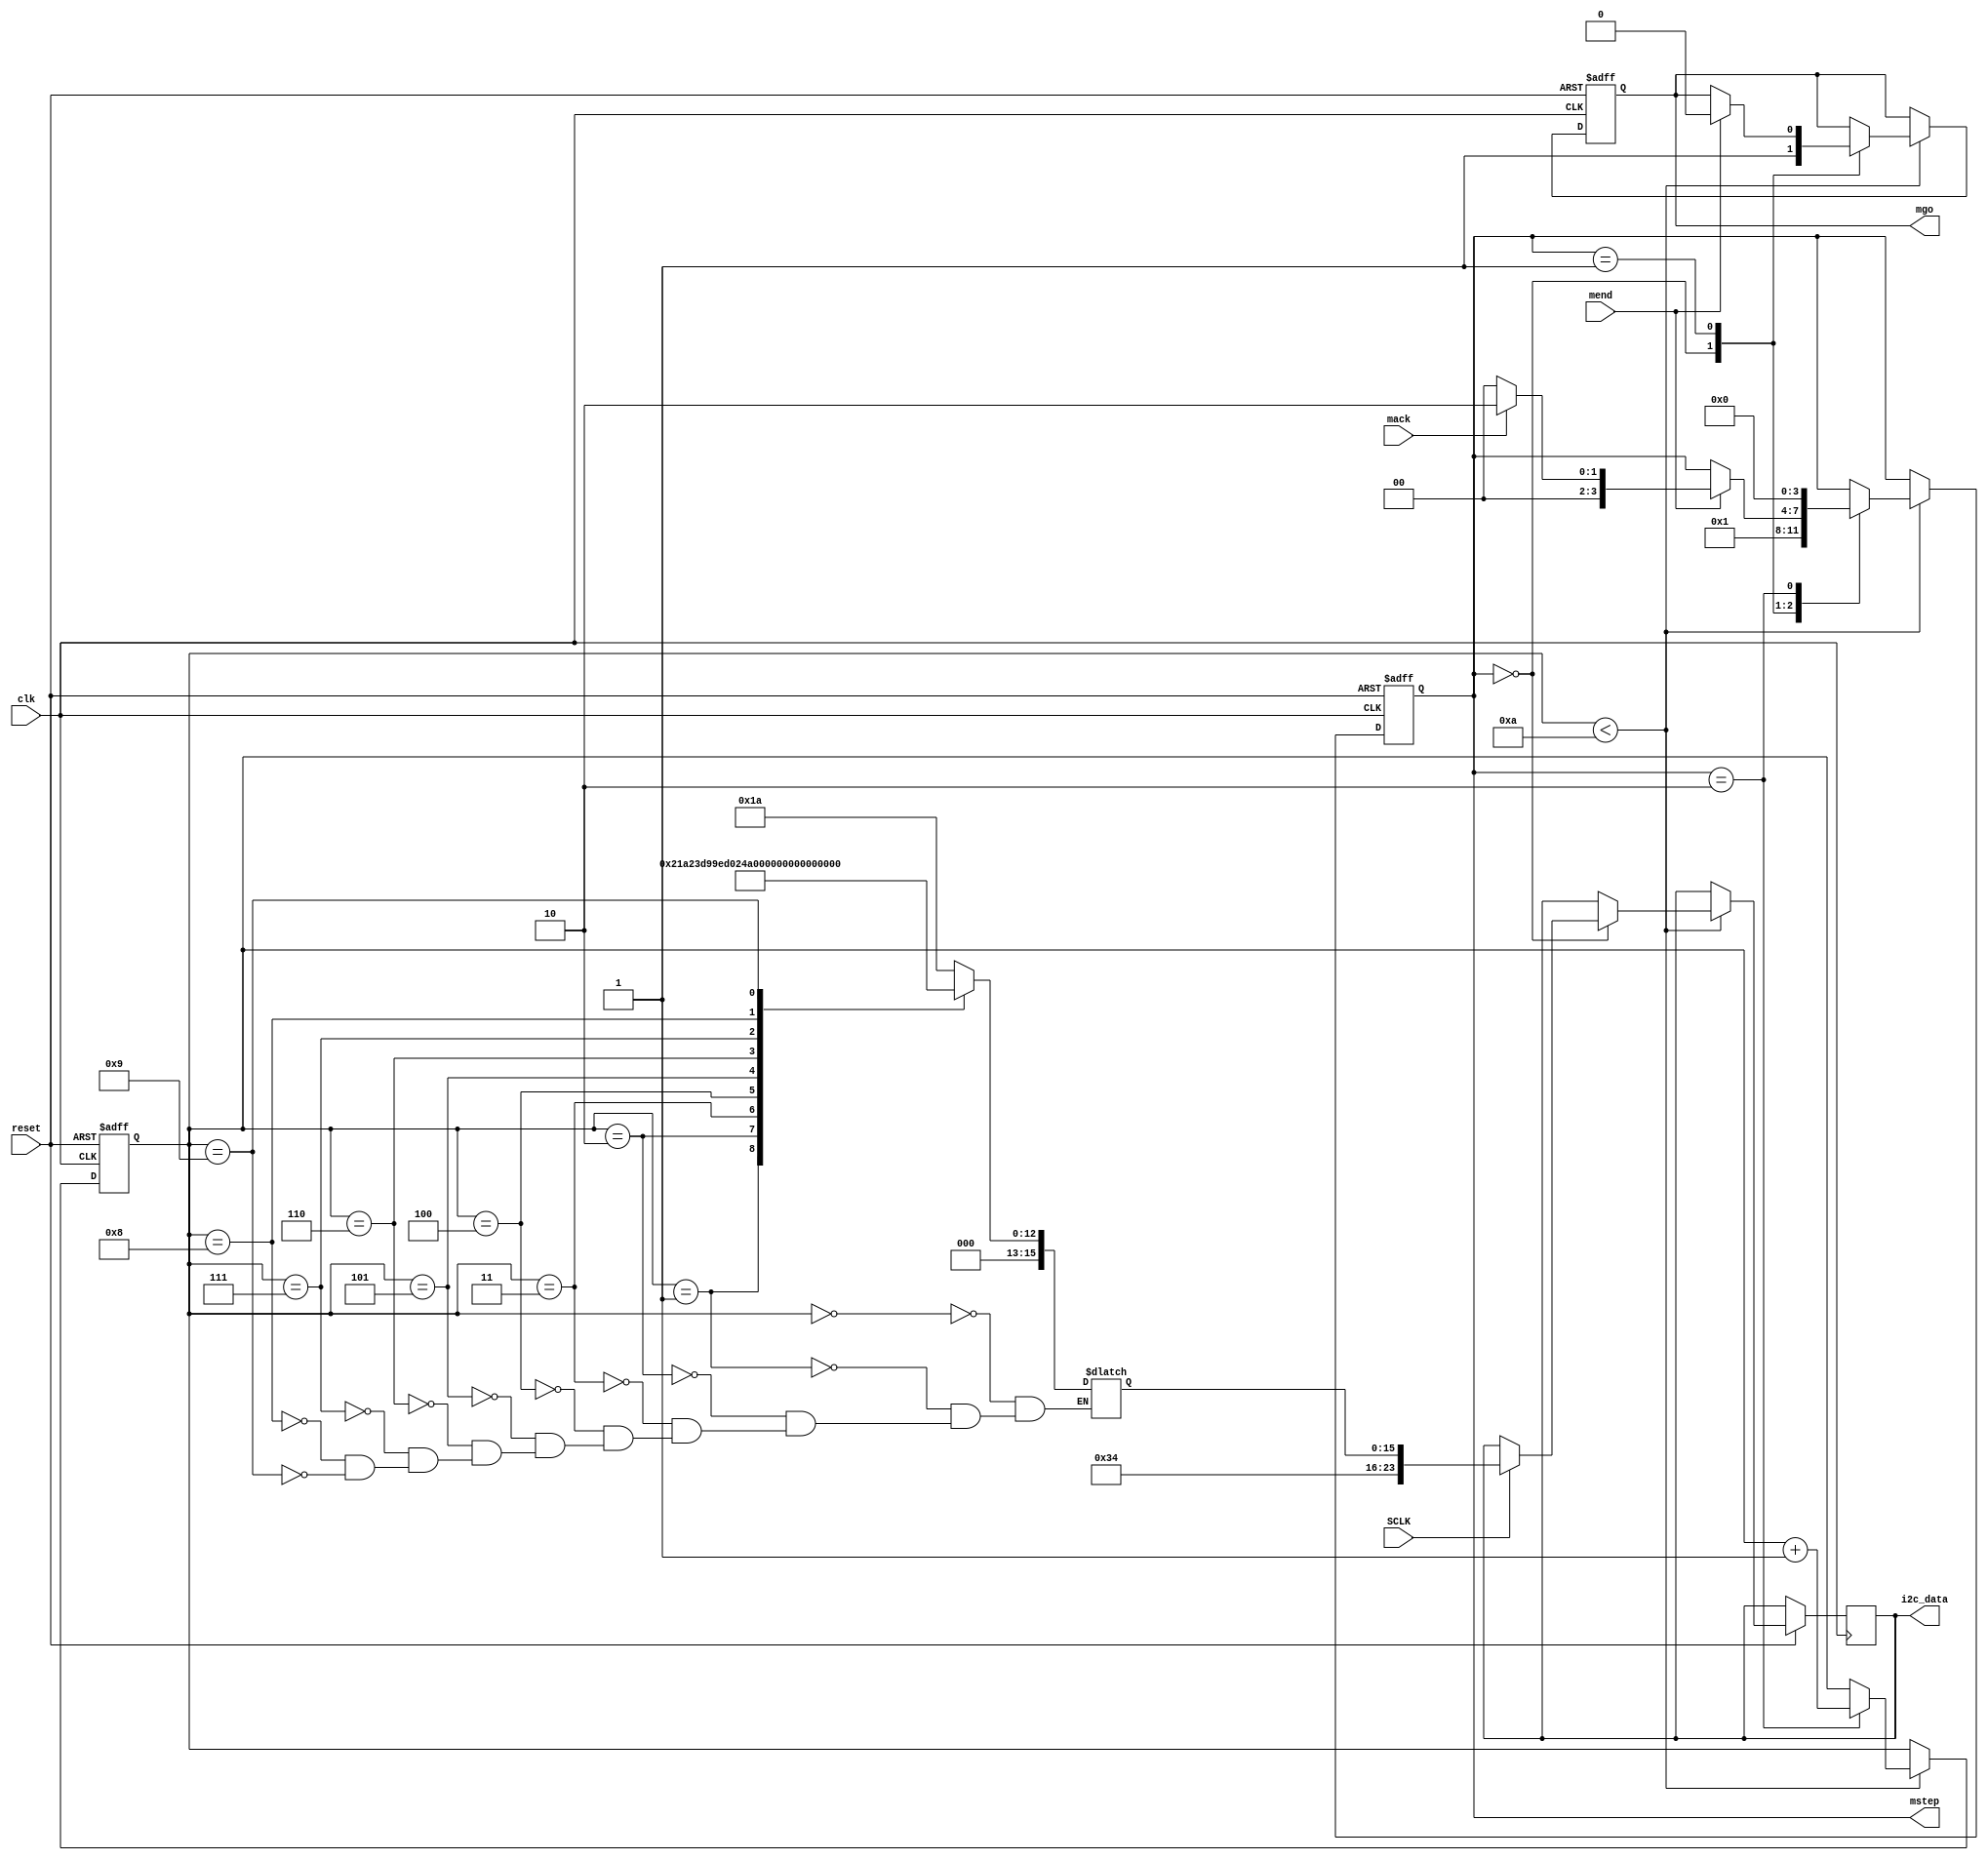
module i2c_av_cfg (
			clk, // 50k clock
			reset, // switch 0 on DE1-SoC board
			mend,  // end of load
			mstep,
			SCLK,
			mack,  // acknowledge reference bit
			mgo,   // go transfer for each value
			i2c_data // 23 bit register (8 command, 8 address, 8 data)
			
			);
			
input		clk;
input		reset;
input		SCLK;

input 	mend;
input 	mack;

output[3:0] mstep;
output	mgo;
output[23:0] i2c_data;

// internal register

reg		mgo;
reg[23:0] i2c_data;
reg[15:0] LUT_data;
reg[5:0]  LUT_index;
reg[3:0]  mstep;


// LUT data size value for both audio and video register

parameter 	LUT_size		= 10; // number of values loaded both audio and serial

//Audio register values  ( 9 in total)

parameter	set_lin_l	= 0;
parameter 	set_lin_r	= 1;
parameter 	set_head_l	= 2;
parameter	set_head_r	= 3;
parameter	a_path_cntrl = 4;
parameter 	d_path_cntrl = 5;
parameter	power_on		= 6;
parameter	set_format	= 7;
parameter	sample_cntrl = 8;
parameter 	set_active	= 9;


// config controllers [Audio]

always @ (posedge clk or negedge reset)

begin

	if (!reset)
	
		begin
		
		LUT_index	<= 0;
		mstep			<= 0;
		mgo			<= 0;
		
		end
		else
		
		begin
		
		if (LUT_index < LUT_size)
		begin
		
		case(mstep)
			0: begin
					if (SCLK)
					
					i2c_data <= {8'h34,LUT_data};

					mgo <= 1;
					mstep <= 1;
				end
				
			1: begin
			
					if (mend)
					begin
					
						if (mack)
						mstep <= 2;
						else
						mstep <= 0;
						mgo <= 0;
						end
					end
					
			2: begin
			
					LUT_index <= LUT_index + 1;
					mstep <= 0;
					
					end
					
				endcase
			end
		end
	end

	
always 

begin

case ( LUT_index)				

// audio config values

set_lin_l		: LUT_data <= 16'h001a; // our design configures 001d
set_lin_r		: LUT_data <= 16'h021a; // our design configures 021d
set_head_l		: LUT_data <= 16'h047b; // our design had no config 
set_head_r		: LUT_data <= 16'h067b; // our design had no config
a_path_cntrl	: LUT_data <= 16'h0812; // changed from 08fc to 0812
d_path_cntrl	: LUT_data <= 16'h0a06; // our design had no config
power_on		: LUT_data <= 16'h0c02; // changed from 0c00 to power down mic
set_format		: LUT_data <= 16'h0e4a; // our design configures 0ec2
sample_cntrl 	: LUT_data <= 16'h1000; // same
set_active		: LUT_data <= 16'h1201; // same


endcase

end

endmodule